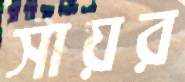
সায়র